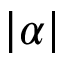
| \alpha |